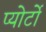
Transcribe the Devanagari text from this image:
प्योर्टो